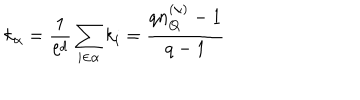
k _ { \alpha } = \frac { 1 } { \ell ^ { d } } \sum _ { i \in \alpha } k _ { i } = \frac { q n _ { Q } ^ { ( \alpha ) } - 1 } { q - 1 }